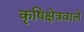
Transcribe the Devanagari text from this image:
कृषिक्षेत्रवाले